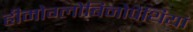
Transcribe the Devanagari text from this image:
हीमोग्लोबिनोपैथियां